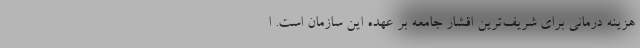
هزینه درمانی برای شریف‌ترین اقشار جامعه بر عهده این سازمان است. ا